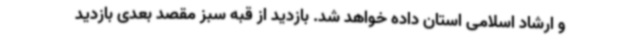
و ارشاد اسلامی استان داده خواهد شد. بازدید از قبه سبز مقصد بعدی بازدید